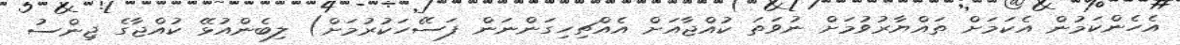
އެހެންކަމުން އެކަމަށް ތައްޔާރުވުމަށް ނުވަތަ ކުއްޖާއަށް އެއްޗިހިގަންނަން ފަސޭހަކުރުމަށް) ލިބެންއުޅޭ ކުއްޖާގެ ޖިންސު